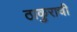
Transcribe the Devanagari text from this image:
ठाकुराची